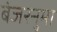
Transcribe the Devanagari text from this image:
बंजरनुमा